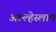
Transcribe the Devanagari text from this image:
अल्ल्हेस्लाम